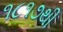
૧૮૧૭થી